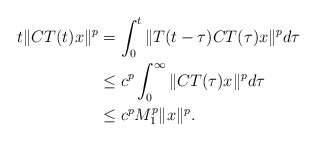
\begin{align*}t\|CT(t) x\|^p&=\int^t_0 \|T(t-\tau)C T(\tau) x\|^p d\tau \\&\leq c^p\int^\infty_0 \|C T(\tau) x\|^p d\tau \\&\leq c^p M_1^p \|x\|^p.\end{align*}